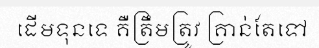
ដើមទុនទេ គឺត្រឹមត្រូវ គ្រាន់តែទៅ